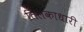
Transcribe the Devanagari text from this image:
तिलकाधारी